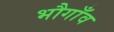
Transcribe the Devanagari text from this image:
भौगाँव